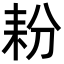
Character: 𮋤